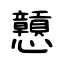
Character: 戅